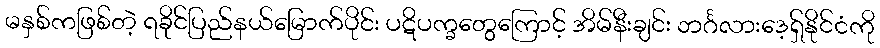
မနှစ်ကဖြစ်တဲ့ ရခိုင်ပြည်နယ်မြောက်ပိုင်း ပဋိပက္ခတွေကြောင့် အိမ်နီးချင်း ဘင်္ဂလားဒေ့ရ်ှနိုင်ငံကို